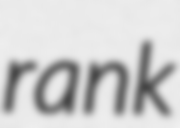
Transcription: rank